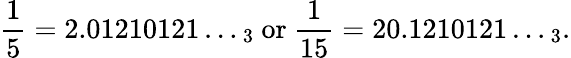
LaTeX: {\frac{1}{5}}=2.01210121\dots_{3}{\mathrm{~or~}}{\frac{1}{15}}=20.1210121\dots_{3}.